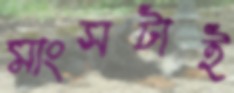
মাংসটাই